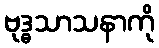
ဗုဒ္ဓသာသနာကို